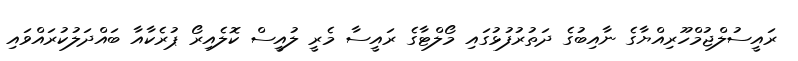
ރައީސުލްޖުމްހޫރިއްޔާގެ ނާއިބުގެ ދަތުރުފުޅުގައި މޯލްޓާގެ ރައީސާ މެރީ ލުއީސް ކޮލެއިރޯ ޕުރެކާއާ ބައްދަލުކުރައްވައި